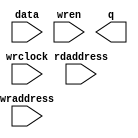
//Legal Notice: (C)2010 Altera Corporation. All rights reserved.  Your
//use of Altera Corporation's design tools, logic functions and other
//software and tools, and its AMPP partner logic functions, and any
//output files any of the foregoing (including device programming or
//simulation files), and any associated documentation or information are
//expressly subject to the terms and conditions of the Altera Program
//License Subscription Agreement or other applicable license agreement,
//including, without limitation, that your use is for the sole purpose
//of programming logic devices manufactured by Altera and sold by Altera
//or its authorized distributors.  Please refer to the applicable
//agreement for further details.

// synthesis translate_off
`timescale 1ns / 1ps
// synthesis translate_on

// turn off superfluous verilog processor warnings 
// altera message_level Level1 
// altera message_off 10034 10035 10036 10037 10230 10240 10030 

//Default depth for this memory model is 2048, do these when
//changing the depth.
//1)Set ARRAY_DEPTH generic/parameter from 2048 to new depth.
//2)Change mem_array depth from 2047 to (new depth - 1).
//3)VHDL only, don't forget the generic in component declaration
module ddr2_mem_model_ram_module (
                                   // inputs:
                                    data,
                                    rdaddress,
                                    wraddress,
                                    wrclock,
                                    wren,

                                   // outputs:
                                    q
                                 )
;

  parameter ARRAY_DEPTH = 2048;


  output  [127: 0] q;
  input   [127: 0] data;
  input   [ 25: 0] rdaddress;
  input   [ 25: 0] wraddress;
  input            wrclock;
  input            wren;

  wire    [127: 0] aq;
  reg     [154: 0] mem_array [2047: 0];
  wire    [127: 0] q;
  assign aq = mem_array[0][127:0];

//synthesis translate_off
//////////////// SIMULATION-ONLY CONTENTS

  reg     [  128 - 1: 0] out;

    integer i;
    reg found_valid_data;
    reg data_written;

    initial
    begin
        for (i = 0; i < ARRAY_DEPTH; i = i + 1)
            mem_array[i][0] <= 1'b0;
        data_written <= 1'b0;
    end

    always @(rdaddress)
    begin
        found_valid_data <= 1'b0;
        for (i = 0; i < ARRAY_DEPTH; i = i + 1)
        begin
            if (rdaddress == mem_array[i][155 - 1:155 - 26] && mem_array[i][0])
            begin
                out = mem_array[i][155 - 26 - 1:155 - 26 - 128];
                found_valid_data = 1'b1;
            end
        end
        if (!found_valid_data)
            out = 128'dX;
    end

    always @(posedge wrclock)
    if (wren)
    begin
        data_written <= 1'b0;
        for (i = 0; i < ARRAY_DEPTH; i = i + 1)
        begin
            if (wraddress == mem_array[i][155 - 1:155 - 26] && !data_written)
            begin
                mem_array[i][155 - 26 - 1:155 - 26 - 128] <= data;
                mem_array[i][0] <= 1'b1;
                data_written = 1'b1;
            end
            else if (!mem_array[i][0] && !data_written)
            begin
                mem_array[i] <= {wraddress,data,1'b1};
                data_written = 1'b1;
            end
        end
        if (!data_written)
        begin
            $write($time);
            $write(" --- Data could not be written, increase array depth or use full memory model --- ");
            $stop;
        end
    end

    assign q = out;

//////////////// END SIMULATION-ONLY CONTENTS

//synthesis translate_on

endmodule



// turn off superfluous verilog processor warnings 
// altera message_level Level1 
// altera message_off 10034 10035 10036 10037 10230 10240 10030 

module ddr2_mem_model (
                        // inputs:
                         mem_addr,
                         mem_ba,
                         mem_cas_n,
                         mem_cke,
                         mem_clk,
                         mem_clk_n,
                         mem_cs_n,
                         mem_dm,
                         mem_odt,
                         mem_ras_n,
                         mem_we_n,

                        // outputs:
                         global_reset_n,
                         mem_dq,
                         mem_dqs,
                         mem_dqs_n
                      )
;

  output           global_reset_n;
  inout   [ 63: 0] mem_dq;
  inout   [  7: 0] mem_dqs;
  inout   [  7: 0] mem_dqs_n;
  input   [ 13: 0] mem_addr;
  input   [  2: 0] mem_ba;
  input            mem_cas_n;
  input            mem_cke;
  input            mem_clk;
  input            mem_clk_n;
  input            mem_cs_n;
  input   [  7: 0] mem_dm;
  input            mem_odt;
  input            mem_ras_n;
  input            mem_we_n;

  wire    [ 23: 0] CODE;
  wire    [ 13: 0] a;
  reg     [  3: 0] additive_latency;
  wire    [  8: 0] addr_col;
  wire    [  2: 0] ba;
  reg     [  2: 0] burstlength;
  reg              burstmode;
  wire             cas_n;
  wire             cke;
  wire             clk;
  wire    [  2: 0] cmd_code;
  wire             cs_n;
  wire    [  2: 0] current_row;
  wire    [  7: 0] dm;
  reg     [ 15: 0] dm_captured;
  reg     [127: 0] dq_captured;
  wire    [ 63: 0] dq_temp;
  wire             dq_valid;
  wire    [  7: 0] dqs_n_temp;
  wire    [  7: 0] dqs_temp;
  wire             dqs_valid;
  reg              dqs_valid_temp;
  reg     [ 63: 0] first_half_dq;
  wire             global_reset_n;
  wire    [127: 0] mem_bytes;
  wire    [ 63: 0] mem_dq;
  wire    [  7: 0] mem_dqs;
  wire    [  7: 0] mem_dqs_n;
  reg     [ 13: 0] open_rows [  7: 0];
  wire             ras_n;
  reg     [ 25: 0] rd_addr_pipe_0;
  reg     [ 25: 0] rd_addr_pipe_1;
  reg     [ 25: 0] rd_addr_pipe_10;
  reg     [ 25: 0] rd_addr_pipe_11;
  reg     [ 25: 0] rd_addr_pipe_12;
  reg     [ 25: 0] rd_addr_pipe_13;
  reg     [ 25: 0] rd_addr_pipe_14;
  reg     [ 25: 0] rd_addr_pipe_15;
  reg     [ 25: 0] rd_addr_pipe_16;
  reg     [ 25: 0] rd_addr_pipe_17;
  reg     [ 25: 0] rd_addr_pipe_18;
  reg     [ 25: 0] rd_addr_pipe_19;
  reg     [ 25: 0] rd_addr_pipe_2;
  reg     [ 25: 0] rd_addr_pipe_20;
  reg     [ 25: 0] rd_addr_pipe_21;
  reg     [ 25: 0] rd_addr_pipe_3;
  reg     [ 25: 0] rd_addr_pipe_4;
  reg     [ 25: 0] rd_addr_pipe_5;
  reg     [ 25: 0] rd_addr_pipe_6;
  reg     [ 25: 0] rd_addr_pipe_7;
  reg     [ 25: 0] rd_addr_pipe_8;
  reg     [ 25: 0] rd_addr_pipe_9;
  reg     [ 25: 0] rd_burst_counter;
  reg     [ 25: 0] rd_valid_pipe;
  wire    [ 25: 0] read_addr_delayed;
  reg              read_cmd;
  reg              read_cmd_echo;
  wire    [127: 0] read_data;
  wire    [ 63: 0] read_dq;
  reg     [  4: 0] read_latency;
  wire             read_valid;
  reg              read_valid_r;
  reg              read_valid_r2;
  reg              read_valid_r3;
  reg              read_valid_r4;
  reg              reset_n;
  wire    [ 25: 0] rmw_address;
  reg     [127: 0] rmw_temp;
  reg     [ 63: 0] second_half_dq;
  reg     [  3: 0] tcl;
  wire    [ 23: 0] txt_code;
  wire             we_n;
  wire    [ 25: 0] wr_addr_delayed;
  reg     [ 25: 0] wr_addr_delayed_r;
  reg     [ 25: 0] wr_addr_pipe_0;
  reg     [ 25: 0] wr_addr_pipe_1;
  reg     [ 25: 0] wr_addr_pipe_10;
  reg     [ 25: 0] wr_addr_pipe_11;
  reg     [ 25: 0] wr_addr_pipe_12;
  reg     [ 25: 0] wr_addr_pipe_13;
  reg     [ 25: 0] wr_addr_pipe_14;
  reg     [ 25: 0] wr_addr_pipe_15;
  reg     [ 25: 0] wr_addr_pipe_16;
  reg     [ 25: 0] wr_addr_pipe_17;
  reg     [ 25: 0] wr_addr_pipe_18;
  reg     [ 25: 0] wr_addr_pipe_2;
  reg     [ 25: 0] wr_addr_pipe_3;
  reg     [ 25: 0] wr_addr_pipe_4;
  reg     [ 25: 0] wr_addr_pipe_5;
  reg     [ 25: 0] wr_addr_pipe_6;
  reg     [ 25: 0] wr_addr_pipe_7;
  reg     [ 25: 0] wr_addr_pipe_8;
  reg     [ 25: 0] wr_addr_pipe_9;
  reg     [ 25: 0] wr_burst_counter;
  reg     [ 25: 0] wr_valid_pipe;
  reg     [ 25: 0] write_burst_length_pipe;
  reg              write_cmd;
  reg              write_cmd_echo;
  reg     [  4: 0] write_latency;
  wire             write_to_ram;
  reg              write_to_ram_r;
  wire             write_valid;
  reg              write_valid_r;
  reg              write_valid_r2;
  reg              write_valid_r3;
initial
  begin
    $write("\n");
    $write("**********************************************************************\n");
    $write("This testbench includes a generated Altera memory model:\n");
    $write("'ddr2_mem_model.v', to simulate accesses to the DDR2 SDRAM memory.\n");
    $write(" \n");
    $write("**********************************************************************\n");
  end
  //Synchronous write when (CODE == 24'h205752 (write))
  ddr2_mem_model_ram_module ddr2_mem_model_ram
    (
      .data      (rmw_temp),
      .q         (read_data),
      .rdaddress (rmw_address),
      .wraddress (wr_addr_delayed_r),
      .wrclock   (clk),
      .wren      (write_to_ram_r)
    );

  assign clk = mem_clk;
  assign dm = mem_dm;
  assign cke = mem_cke;
  assign cs_n = mem_cs_n;
  assign ras_n = mem_ras_n;
  assign cas_n = mem_cas_n;
  assign we_n = mem_we_n;
  assign ba = mem_ba;
  assign a = mem_addr;
  //generate a fake reset inside the memory model
  assign global_reset_n = reset_n;

  initial 
    begin
      reset_n <= 0;
      #100 reset_n <= 1;
    end
  assign cmd_code = (&cs_n) ? 3'b111 : {ras_n, cas_n, we_n};
  assign CODE = (&cs_n) ? 24'h494e48 : txt_code;
  assign addr_col = a[9 : 1];
  assign current_row = {ba};
  // Decode commands into their actions
  always @(posedge clk or negedge reset_n)
    begin
      if (reset_n == 0)
        begin
          write_cmd_echo <= 0;
          read_cmd_echo <= 0;
        end
      else // No Activity if the clock is
      if (cke)
        begin
          // Checks whether to echo read cmd
          if (read_cmd_echo && !read_cmd)
            begin
              read_cmd <= 1'b1;
              read_cmd_echo <= 1'b0;
            end
          else // This is a read command
          if (cmd_code == 3'b101)
            begin
              read_cmd <= 1'b1;
              read_cmd_echo <= 1'b1;
            end
          else 
            read_cmd <= 1'b0;
          // Checks whether to echo write cmd
          if (write_cmd_echo && !write_cmd)
            begin
              write_cmd <= 1'b1;
              write_cmd_echo <= 1'b0;
            end
          else // This is a write command
          if (cmd_code == 3'b100)
            begin
              write_cmd <= 1'b1;
              write_cmd_echo <= 1'b1;
              write_burst_length_pipe[0] <= a[0];
            end
          else 
            write_cmd <= 1'b0;
          // This is an activate - store the chip/row/bank address in the same order as the DDR controller
          if (cmd_code == 3'b011)
              open_rows[current_row] <= a;
        end
    end


  // Pipes are flushed here
  always @(posedge clk or negedge reset_n)
    begin
      if (reset_n == 0)
        begin
          wr_addr_pipe_1 <= 0;
          wr_addr_pipe_2 <= 0;
          wr_addr_pipe_3 <= 0;
          wr_addr_pipe_4 <= 0;
          wr_addr_pipe_5 <= 0;
          wr_addr_pipe_6 <= 0;
          wr_addr_pipe_7 <= 0;
          wr_addr_pipe_8 <= 0;
          wr_addr_pipe_9 <= 0;
          wr_addr_pipe_10 <= 0;
          wr_addr_pipe_11 <= 0;
          wr_addr_pipe_12 <= 0;
          wr_addr_pipe_13 <= 0;
          wr_addr_pipe_14 <= 0;
          wr_addr_pipe_15 <= 0;
          wr_addr_pipe_16 <= 0;
          wr_addr_pipe_17 <= 0;
          wr_addr_pipe_18 <= 0;
          rd_addr_pipe_1 <= 0;
          rd_addr_pipe_2 <= 0;
          rd_addr_pipe_3 <= 0;
          rd_addr_pipe_4 <= 0;
          rd_addr_pipe_5 <= 0;
          rd_addr_pipe_6 <= 0;
          rd_addr_pipe_7 <= 0;
          rd_addr_pipe_8 <= 0;
          rd_addr_pipe_9 <= 0;
          rd_addr_pipe_10 <= 0;
          rd_addr_pipe_11 <= 0;
          rd_addr_pipe_12 <= 0;
          rd_addr_pipe_13 <= 0;
          rd_addr_pipe_14 <= 0;
          rd_addr_pipe_15 <= 0;
          rd_addr_pipe_16 <= 0;
          rd_addr_pipe_17 <= 0;
          rd_addr_pipe_18 <= 0;
          rd_addr_pipe_19 <= 0;
          rd_addr_pipe_20 <= 0;
          rd_addr_pipe_21 <= 0;
        end
      else // No Activity if the clock is
      if (cke)
        begin
          rd_addr_pipe_21 <= rd_addr_pipe_20;
          rd_addr_pipe_20 <= rd_addr_pipe_19;
          rd_addr_pipe_19 <= rd_addr_pipe_18;
          rd_addr_pipe_18 <= rd_addr_pipe_17;
          rd_addr_pipe_17 <= rd_addr_pipe_16;
          rd_addr_pipe_16 <= rd_addr_pipe_15;
          rd_addr_pipe_15 <= rd_addr_pipe_14;
          rd_addr_pipe_14 <= rd_addr_pipe_13;
          rd_addr_pipe_13 <= rd_addr_pipe_12;
          rd_addr_pipe_12 <= rd_addr_pipe_11;
          rd_addr_pipe_11 <= rd_addr_pipe_10;
          rd_addr_pipe_10 <= rd_addr_pipe_9;
          rd_addr_pipe_9 <= rd_addr_pipe_8;
          rd_addr_pipe_8 <= rd_addr_pipe_7;
          rd_addr_pipe_7 <= rd_addr_pipe_6;
          rd_addr_pipe_6 <= rd_addr_pipe_5;
          rd_addr_pipe_5 <= rd_addr_pipe_4;
          rd_addr_pipe_4 <= rd_addr_pipe_3;
          rd_addr_pipe_3 <= rd_addr_pipe_2;
          rd_addr_pipe_2 <= rd_addr_pipe_1;
          rd_addr_pipe_1 <= rd_addr_pipe_0;
          rd_valid_pipe[25 : 1] <= rd_valid_pipe[24 : 0];
          rd_valid_pipe[0] <= cmd_code == 3'b101;
          wr_addr_pipe_18 <= wr_addr_pipe_17;
          wr_addr_pipe_17 <= wr_addr_pipe_16;
          wr_addr_pipe_16 <= wr_addr_pipe_15;
          wr_addr_pipe_15 <= wr_addr_pipe_14;
          wr_addr_pipe_14 <= wr_addr_pipe_13;
          wr_addr_pipe_13 <= wr_addr_pipe_12;
          wr_addr_pipe_12 <= wr_addr_pipe_11;
          wr_addr_pipe_11 <= wr_addr_pipe_10;
          wr_addr_pipe_10 <= wr_addr_pipe_9;
          wr_addr_pipe_9 <= wr_addr_pipe_8;
          wr_addr_pipe_8 <= wr_addr_pipe_7;
          wr_addr_pipe_7 <= wr_addr_pipe_6;
          wr_addr_pipe_6 <= wr_addr_pipe_5;
          wr_addr_pipe_5 <= wr_addr_pipe_4;
          wr_addr_pipe_4 <= wr_addr_pipe_3;
          wr_addr_pipe_3 <= wr_addr_pipe_2;
          wr_addr_pipe_2 <= wr_addr_pipe_1;
          wr_addr_pipe_1 <= wr_addr_pipe_0;
          wr_valid_pipe[25 : 1] <= wr_valid_pipe[24 : 0];
          wr_valid_pipe[0] <= cmd_code == 3'b100;
          wr_addr_delayed_r <= wr_addr_delayed;
          write_burst_length_pipe[25 : 1] <= write_burst_length_pipe[24 : 0];
        end
    end


  // Decode CAS Latency from bits a[6:4]
  always @(posedge clk)
    begin
      // No Activity if the clock is disabled
      if (cke)
          //Load mode register - set CAS latency, burst mode and length
          if (cmd_code == 3'b000 && ba == 2'b00)
            begin
              burstmode <= a[3];
              burstlength <= a[2 : 0] << 1;
              //CAS Latency = 3.0
              if (a[6 : 4] == 3'b011)
                  tcl <= 4'b0010;
              else //CAS Latency = 4.0
              if (a[6 : 4] == 3'b100)
                  tcl <= 4'b0011;
              else //CAS Latency = 5.0
              if (a[6 : 4] == 3'b101)
                  tcl <= 4'b0100;
              else //CAS Latency = 6.0
              if (a[6 : 4] == 3'b110)
                  tcl <= 4'b0101;
              else 
                tcl <= 4'b0110;
            end
          else //Get additive latency
          if (cmd_code == 3'b000 && ba == 2'b01)
              additive_latency <= {1'b0,a[5 : 3]};
    end


  //Calculate actual write and read latency
  always @(additive_latency or tcl)
    begin
      read_latency = tcl + additive_latency;
      write_latency = tcl + additive_latency;
    end


  // Burst support - make the wr_addr & rd_addr keep counting
  always @(posedge clk or negedge reset_n)
    begin
      if (reset_n == 0)
        begin
          wr_addr_pipe_0 <= 0;
          rd_addr_pipe_0 <= 0;
        end
      else 
        begin
          // Reset write address otherwise if the first write is partial it breaks!
          if (cmd_code == 3'b000 && ba == 2'b00)
            begin
              wr_addr_pipe_0 <= 0;
              wr_burst_counter <= 0;
            end
          else if (cmd_code == 3'b100)
            begin
              wr_addr_pipe_0 <= {ba,open_rows[current_row],addr_col};
              wr_burst_counter[25 : 2] <= {ba,open_rows[current_row],addr_col[8 : 2]};
              wr_burst_counter[1 : 0] <= addr_col[1 : 0] + 1;
            end
          else if (write_cmd || write_to_ram || write_cmd_echo)
            begin
              wr_addr_pipe_0 <= wr_burst_counter;
              wr_burst_counter[1 : 0] <= wr_burst_counter[1 : 0] + 1;
            end
          else 
            wr_addr_pipe_0 <= 0;
          // Reset read address otherwise if the first write is partial it breaks!
          if (cmd_code == 3'b000 && ba == 2'b00)
              rd_addr_pipe_0 <= 0;
          else if (cmd_code == 3'b101)
            begin
              rd_addr_pipe_0 <= {ba,open_rows[current_row],addr_col};
              rd_burst_counter[25 : 2] <= {ba,open_rows[current_row],addr_col[8 : 2]};
              rd_burst_counter[1 : 0] <= addr_col[1 : 0] + 1;
            end
          else if (read_cmd || dq_valid || read_valid || read_cmd_echo)
            begin
              rd_addr_pipe_0 <= rd_burst_counter;
              rd_burst_counter[1 : 0] <= rd_burst_counter[1 : 0] + 1;
            end
          else 
            rd_addr_pipe_0 <= 0;
        end
    end


  // read data transition from single to double clock rate
  always @(posedge clk)
    begin
      first_half_dq <= read_data[127 : 64];
      second_half_dq <= read_data[63 : 0];
    end


  assign read_dq = clk  ? second_half_dq : first_half_dq;
  assign dq_temp = dq_valid  ? read_dq : {64{1'bz}};
  assign dqs_temp = dqs_valid ? {8{clk}} : {8{1'bz}};
  assign dqs_n_temp = dqs_valid ? {8{~clk}} : {8{1'bz}};
  assign mem_dqs = dqs_temp;
  assign mem_dq = dq_temp;
  assign mem_dqs_n = dqs_n_temp;
  //Pipelining registers for burst counting
  always @(posedge clk)
    begin
      write_valid_r <= write_valid;
      read_valid_r <= read_valid;
      write_valid_r2 <= write_valid_r;
      write_valid_r3 <= write_valid_r2;
      write_to_ram_r <= write_to_ram;
      read_valid_r2 <= read_valid_r;
      read_valid_r3 <= read_valid_r2;
      read_valid_r4 <= read_valid_r3;
    end


  assign write_to_ram = burstlength[1] ? write_valid || write_valid_r || write_valid_r2 || write_valid_r3 : write_valid || write_valid_r;
  assign dq_valid = burstlength[1] ? read_valid_r || read_valid_r2 || read_valid_r3 || read_valid_r4 : read_valid_r || read_valid_r2;
  assign dqs_valid = dq_valid || dqs_valid_temp;
  // 
  always @(negedge clk)
    begin
      dqs_valid_temp <= read_valid;
    end


  //capture first half of write data with rising edge of DQS, for simulation use only 1 DQS pin
  always @(posedge mem_dqs[0])
    begin
      #0.1 dq_captured[63 : 0] <= mem_dq[63 : 0];
      #0.1 dm_captured[7 : 0] <= mem_dm[7 : 0];
    end


  //capture second half of write data with falling edge of DQS, for simulation use only 1 DQS pin
  always @(negedge mem_dqs[0])
    begin
      #0.1 dq_captured[127 : 64] <= mem_dq[63 : 0];
      #0.1 dm_captured[15 : 8] <= mem_dm[7 : 0];
    end


  //Support for incomplete writes, do a read-modify-write with mem_bytes and the write data
  always @(posedge clk)
    begin
      if (write_to_ram)
          rmw_temp[7 : 0] <= dm_captured[0] ? mem_bytes[7 : 0] : dq_captured[7 : 0];
    end


  always @(posedge clk)
    begin
      if (write_to_ram)
          rmw_temp[15 : 8] <= dm_captured[1] ? mem_bytes[15 : 8] : dq_captured[15 : 8];
    end


  always @(posedge clk)
    begin
      if (write_to_ram)
          rmw_temp[23 : 16] <= dm_captured[2] ? mem_bytes[23 : 16] : dq_captured[23 : 16];
    end


  always @(posedge clk)
    begin
      if (write_to_ram)
          rmw_temp[31 : 24] <= dm_captured[3] ? mem_bytes[31 : 24] : dq_captured[31 : 24];
    end


  always @(posedge clk)
    begin
      if (write_to_ram)
          rmw_temp[39 : 32] <= dm_captured[4] ? mem_bytes[39 : 32] : dq_captured[39 : 32];
    end


  always @(posedge clk)
    begin
      if (write_to_ram)
          rmw_temp[47 : 40] <= dm_captured[5] ? mem_bytes[47 : 40] : dq_captured[47 : 40];
    end


  always @(posedge clk)
    begin
      if (write_to_ram)
          rmw_temp[55 : 48] <= dm_captured[6] ? mem_bytes[55 : 48] : dq_captured[55 : 48];
    end


  always @(posedge clk)
    begin
      if (write_to_ram)
          rmw_temp[63 : 56] <= dm_captured[7] ? mem_bytes[63 : 56] : dq_captured[63 : 56];
    end


  always @(posedge clk)
    begin
      if (write_to_ram)
          rmw_temp[71 : 64] <= dm_captured[8] ? mem_bytes[71 : 64] : dq_captured[71 : 64];
    end


  always @(posedge clk)
    begin
      if (write_to_ram)
          rmw_temp[79 : 72] <= dm_captured[9] ? mem_bytes[79 : 72] : dq_captured[79 : 72];
    end


  always @(posedge clk)
    begin
      if (write_to_ram)
          rmw_temp[87 : 80] <= dm_captured[10] ? mem_bytes[87 : 80] : dq_captured[87 : 80];
    end


  always @(posedge clk)
    begin
      if (write_to_ram)
          rmw_temp[95 : 88] <= dm_captured[11] ? mem_bytes[95 : 88] : dq_captured[95 : 88];
    end


  always @(posedge clk)
    begin
      if (write_to_ram)
          rmw_temp[103 : 96] <= dm_captured[12] ? mem_bytes[103 : 96] : dq_captured[103 : 96];
    end


  always @(posedge clk)
    begin
      if (write_to_ram)
          rmw_temp[111 : 104] <= dm_captured[13] ? mem_bytes[111 : 104] : dq_captured[111 : 104];
    end


  always @(posedge clk)
    begin
      if (write_to_ram)
          rmw_temp[119 : 112] <= dm_captured[14] ? mem_bytes[119 : 112] : dq_captured[119 : 112];
    end


  always @(posedge clk)
    begin
      if (write_to_ram)
          rmw_temp[127 : 120] <= dm_captured[15] ? mem_bytes[127 : 120] : dq_captured[127 : 120];
    end


  //DDR2 has variable write latency too, so use write_latency to select which pipeline stage drives valid
  assign write_valid = (write_latency == 0)? wr_valid_pipe[0] :
    (write_latency == 1)? wr_valid_pipe[1] :
    (write_latency == 2)? wr_valid_pipe[2] :
    (write_latency == 3)? wr_valid_pipe[3] :
    (write_latency == 4)? wr_valid_pipe[4] :
    (write_latency == 5)? wr_valid_pipe[5] :
    (write_latency == 6)? wr_valid_pipe[6] :
    (write_latency == 7)? wr_valid_pipe[7] :
    (write_latency == 8)? wr_valid_pipe[8] :
    (write_latency == 9)? wr_valid_pipe[9] :
    (write_latency == 10)? wr_valid_pipe[10] :
    (write_latency == 11)? wr_valid_pipe[11] :
    (write_latency == 12)? wr_valid_pipe[12] :
    (write_latency == 13)? wr_valid_pipe[13] :
    (write_latency == 14)? wr_valid_pipe[14] :
    (write_latency == 15)? wr_valid_pipe[15] :
    (write_latency == 16)? wr_valid_pipe[16] :
    (write_latency == 17)? wr_valid_pipe[17] :
    wr_valid_pipe[18];

  //DDR2 has variable write latency too, so use write_latency to select which pipeline stage drives addr
  assign wr_addr_delayed = (write_latency == 0)? wr_addr_pipe_0 :
    (write_latency == 1)? wr_addr_pipe_1 :
    (write_latency == 2)? wr_addr_pipe_2 :
    (write_latency == 3)? wr_addr_pipe_3 :
    (write_latency == 4)? wr_addr_pipe_4 :
    (write_latency == 5)? wr_addr_pipe_5 :
    (write_latency == 6)? wr_addr_pipe_6 :
    (write_latency == 7)? wr_addr_pipe_7 :
    (write_latency == 8)? wr_addr_pipe_8 :
    (write_latency == 9)? wr_addr_pipe_9 :
    (write_latency == 10)? wr_addr_pipe_10 :
    (write_latency == 11)? wr_addr_pipe_11 :
    (write_latency == 12)? wr_addr_pipe_12 :
    (write_latency == 13)? wr_addr_pipe_13 :
    (write_latency == 14)? wr_addr_pipe_14 :
    (write_latency == 15)? wr_addr_pipe_15 :
    (write_latency == 16)? wr_addr_pipe_16 :
    (write_latency == 17)? wr_addr_pipe_17 :
    wr_addr_pipe_18;

  assign mem_bytes = (rmw_address == wr_addr_delayed_r && write_to_ram_r) ? rmw_temp : read_data;
  assign rmw_address = (write_to_ram) ? wr_addr_delayed : read_addr_delayed;
  //use read_latency to select which pipeline stage drives addr
  assign read_addr_delayed = (read_latency == 0)? rd_addr_pipe_0 :
    (read_latency == 1)? rd_addr_pipe_1 :
    (read_latency == 2)? rd_addr_pipe_2 :
    (read_latency == 3)? rd_addr_pipe_3 :
    (read_latency == 4)? rd_addr_pipe_4 :
    (read_latency == 5)? rd_addr_pipe_5 :
    (read_latency == 6)? rd_addr_pipe_6 :
    (read_latency == 7)? rd_addr_pipe_7 :
    (read_latency == 8)? rd_addr_pipe_8 :
    (read_latency == 9)? rd_addr_pipe_9 :
    (read_latency == 10)? rd_addr_pipe_10 :
    (read_latency == 11)? rd_addr_pipe_11 :
    (read_latency == 12)? rd_addr_pipe_12 :
    (read_latency == 13)? rd_addr_pipe_13 :
    (read_latency == 14)? rd_addr_pipe_14 :
    (read_latency == 15)? rd_addr_pipe_15 :
    (read_latency == 16)? rd_addr_pipe_16 :
    (read_latency == 17)? rd_addr_pipe_17 :
    (read_latency == 18)? rd_addr_pipe_18 :
    (read_latency == 19)? rd_addr_pipe_19 :
    (read_latency == 20)? rd_addr_pipe_20 :
    rd_addr_pipe_21;

  //use read_latency to select which pipeline stage drives valid
  assign read_valid = (read_latency == 0)? rd_valid_pipe[0] :
    (read_latency == 1)? rd_valid_pipe[1] :
    (read_latency == 2)? rd_valid_pipe[2] :
    (read_latency == 3)? rd_valid_pipe[3] :
    (read_latency == 4)? rd_valid_pipe[4] :
    (read_latency == 5)? rd_valid_pipe[5] :
    (read_latency == 6)? rd_valid_pipe[6] :
    (read_latency == 7)? rd_valid_pipe[7] :
    (read_latency == 8)? rd_valid_pipe[8] :
    (read_latency == 9)? rd_valid_pipe[9] :
    (read_latency == 10)? rd_valid_pipe[10] :
    (read_latency == 11)? rd_valid_pipe[11] :
    (read_latency == 12)? rd_valid_pipe[12] :
    (read_latency == 13)? rd_valid_pipe[13] :
    (read_latency == 14)? rd_valid_pipe[14] :
    (read_latency == 15)? rd_valid_pipe[15] :
    (read_latency == 16)? rd_valid_pipe[16] :
    (read_latency == 17)? rd_valid_pipe[17] :
    (read_latency == 18)? rd_valid_pipe[18] :
    (read_latency == 19)? rd_valid_pipe[19] :
    (read_latency == 20)? rd_valid_pipe[20] :
    rd_valid_pipe[21];


//synthesis translate_off
//////////////// SIMULATION-ONLY CONTENTS
  assign txt_code = (cmd_code == 3'h0)? 24'h4c4d52 :
    (cmd_code == 3'h1)? 24'h415246 :
    (cmd_code == 3'h2)? 24'h505245 :
    (cmd_code == 3'h3)? 24'h414354 :
    (cmd_code == 3'h4)? 24'h205752 :
    (cmd_code == 3'h5)? 24'h205244 :
    (cmd_code == 3'h6)? 24'h425354 :
    (cmd_code == 3'h7)? 24'h4e4f50 :
    24'h424144;


//////////////// END SIMULATION-ONLY CONTENTS

//synthesis translate_on

endmodule